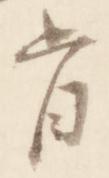
旨